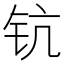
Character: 钪